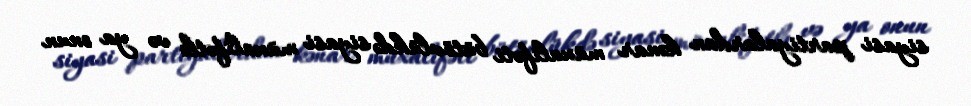
siyasi partiyalardan kənar müxalifəti bütövlükdə siyasi müxalifətlə və ya onun